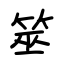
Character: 筮